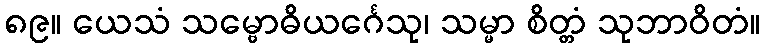
၈၉။ ယေသံ သမ္ဗောဓိယင်္ဂေသု၊ သမ္မာ စိတ္တံ သုဘာဝိတံ။